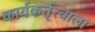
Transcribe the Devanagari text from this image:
कार्यकर्तृत्वाला